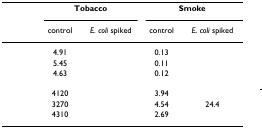
<table><thead><tr><td>[EMPTY_CELL]</td><td colspan="2"><b>Tobacco</b></td><td colspan="2"><b>Smoke</b></td></tr><tr><td>[EMPTY_CELL]</td><td><b>control</b></td><td><b><i>E. coli </i>spiked</b></td><td><b>control</b></td><td><b><i>E. coli </i>spiked</b></td></tr></thead><tbody><tr><td>[EMPTY_CELL]</td><td>4.91</td><td>[EMPTY_CELL]</td><td>0.13</td><td>[EMPTY_CELL]</td></tr><tr><td>[EMPTY_CELL]</td><td>5.45</td><td>[EMPTY_CELL]</td><td>0.11</td><td>[EMPTY_CELL]</td></tr><tr><td>[EMPTY_CELL]</td><td>4.63</td><td>[EMPTY_CELL]</td><td>0.12</td><td>[EMPTY_CELL]</td></tr><tr><td>[EMPTY_CELL]</td><td>4120</td><td>[EMPTY_CELL]</td><td>3.94</td><td>[EMPTY_CELL]</td></tr><tr><td>[EMPTY_CELL]</td><td>3270</td><td>[EMPTY_CELL]</td><td>4.54</td><td>24.4</td></tr><tr><td>[EMPTY_CELL]</td><td>4310</td><td>[EMPTY_CELL]</td><td>2.69</td><td>[EMPTY_CELL]</td></tr></tbody></table>